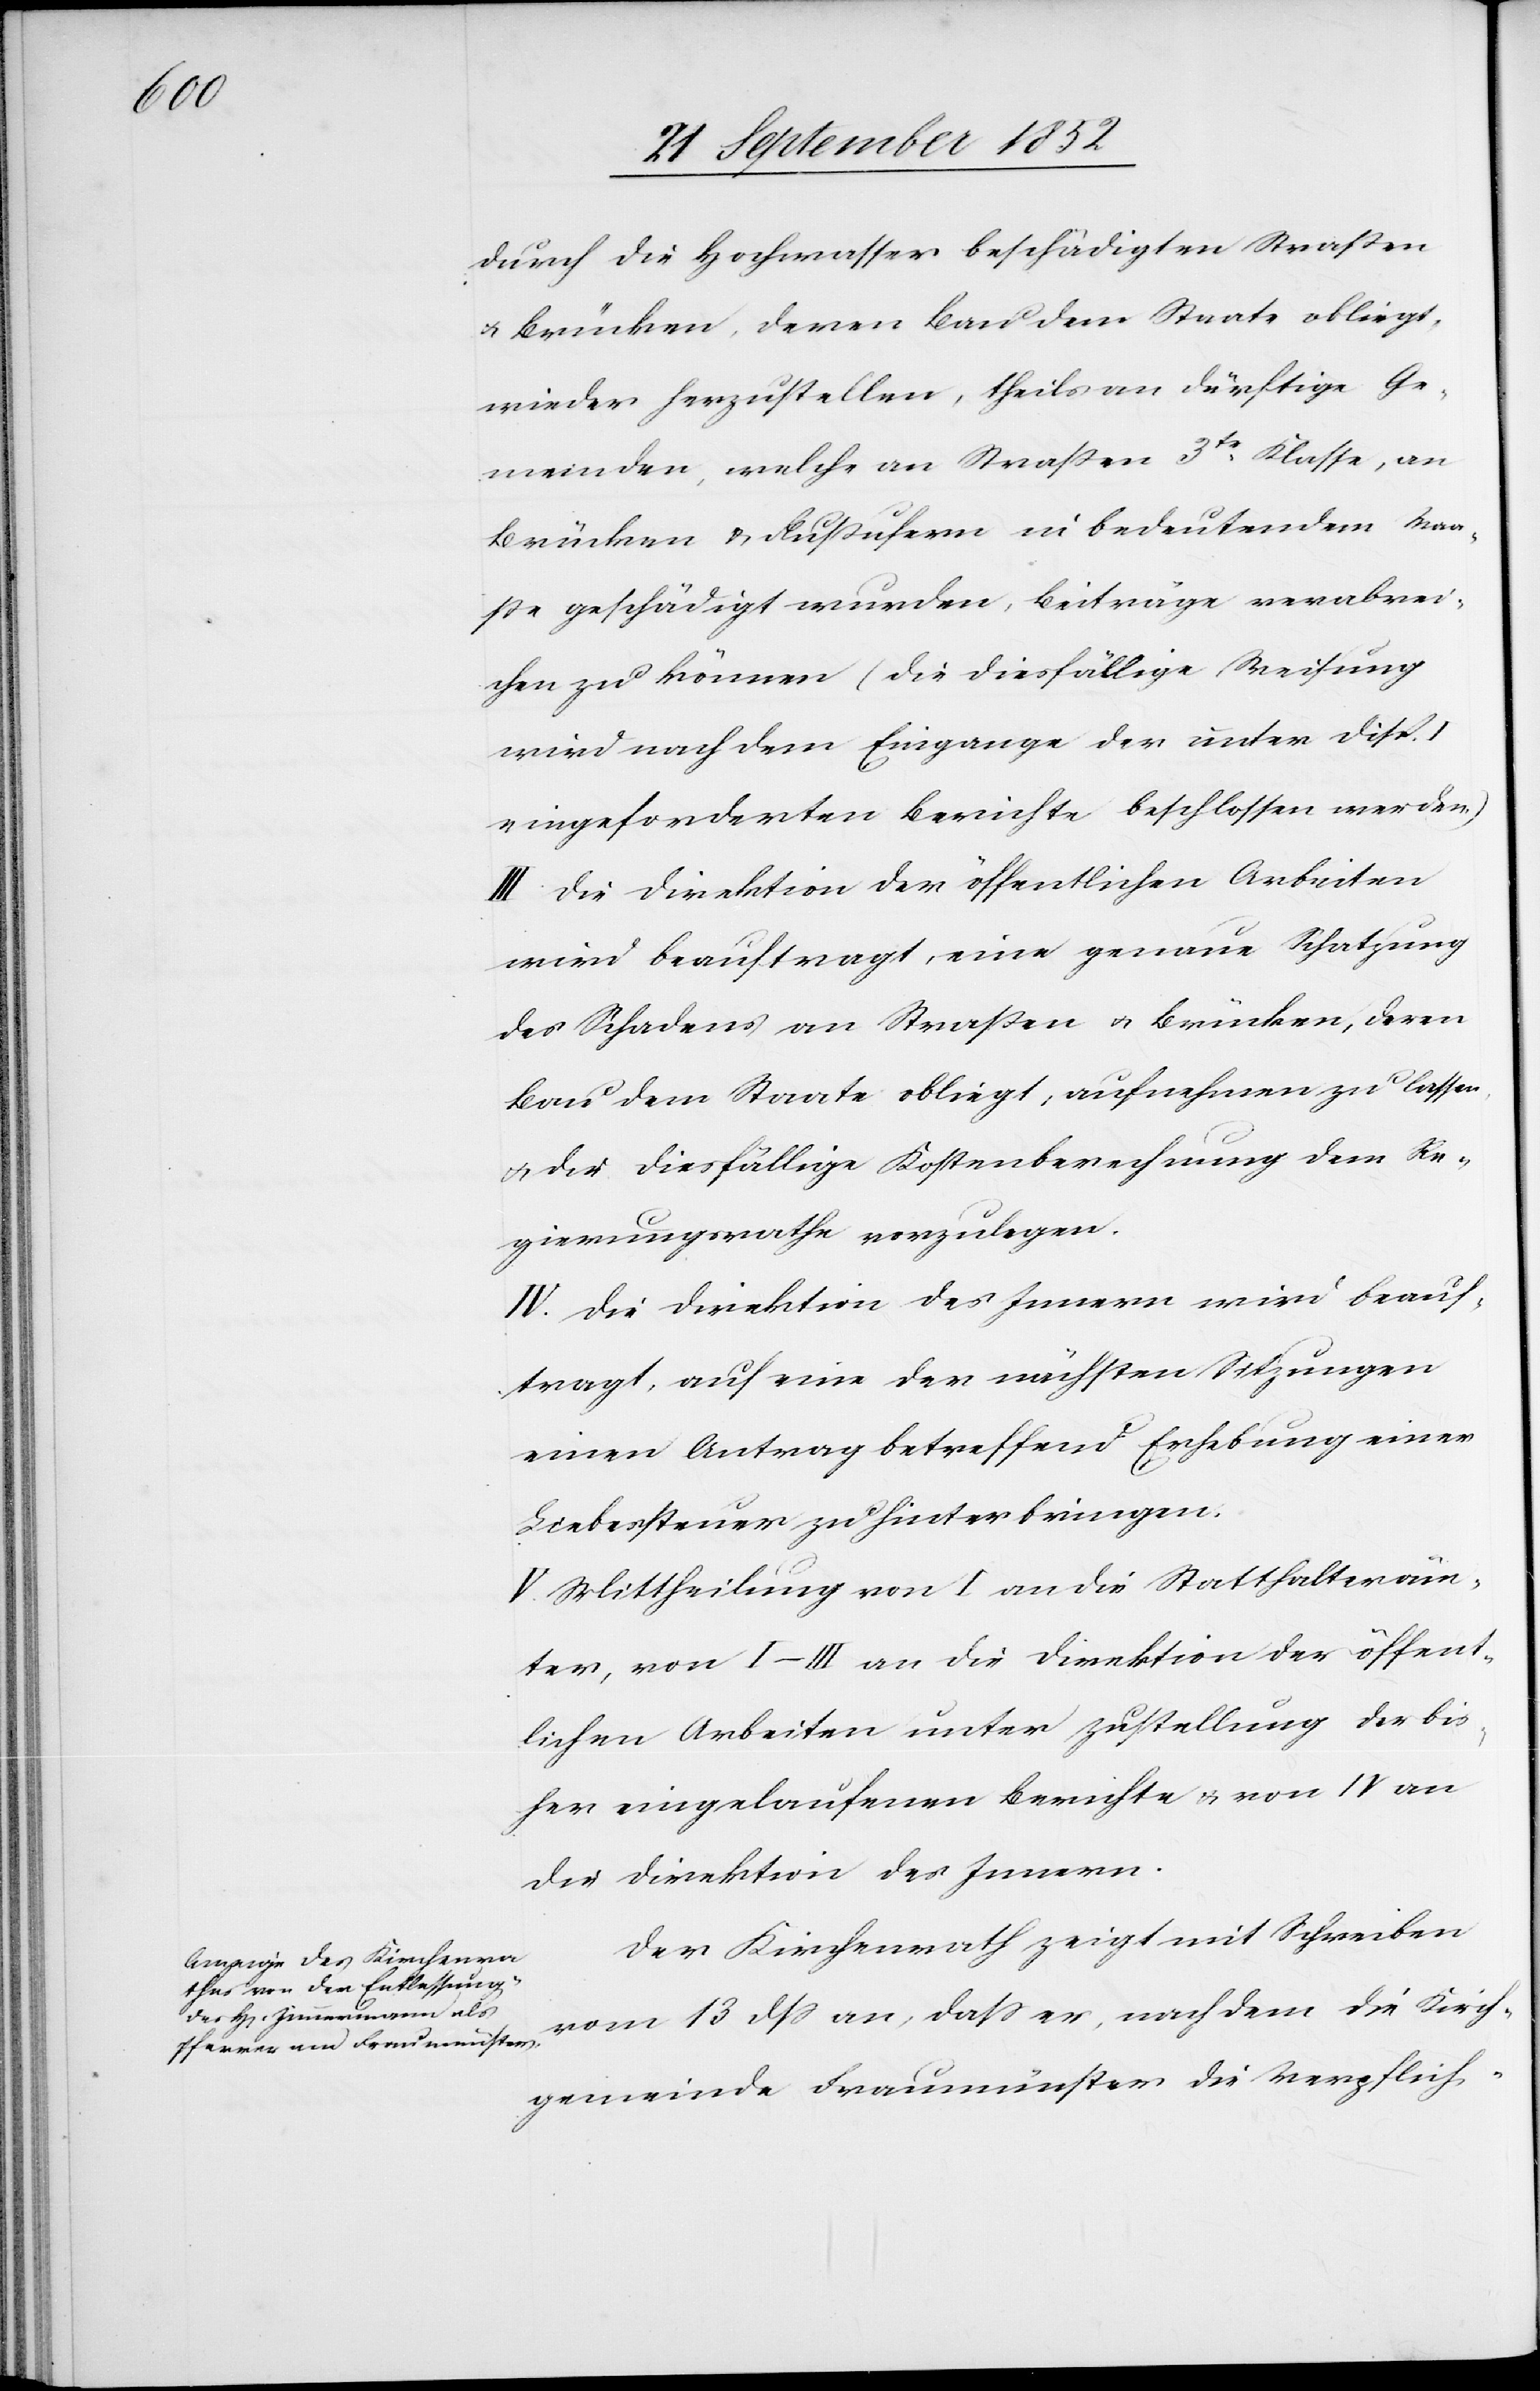
durch die Hochwasser beschädigten Straßen
& Brücken, deren Bau dem Staate obliegt,
wieder herzustellen, theils an dürftige Ge¬
meinden, welche an Straßen 3tr. Klasse, an
Brücken & Flußufern in bedeutendem Maa¬
sse geschädigt wurden, Beiträge verabrei¬
chen zu können (die diesfällige Weisung
wird nach dem Eingange der unter Disp.
eingeforderten Berichte beschlossen werden.)
III Die Direktion der öffentlichen Arbeiten
wird beauftragt, eine genaue Schatzung
des Schadens an Straßen & Brücken, deren
Bau dem Staate obliegt, aufnehmen zu lassen
& die diesfällige Kostenberechnung dem Re¬
gierungsrathe vorzulegen.
IV. Die Direktion des Innern wird beauf¬
tragt, auf eine der nächsten Sitzungen
einen Antrag betreffend Erhebung einer
Liebessteuer zu hinterbringen.
V. Mittheilung von I an die Statthalteräm¬
ter, von I–III an die Direktion der öffent¬
lichen Arbeiten unter Zustellung der bis¬
her eingelaufenen Berichte & von IV an
die Direktion des Innern.
Der Kirchenrath zeigt mit Schreiben
vom 13 dss an, dass er, nachdem die Kirch¬
gemeinde Fraumünster die Verpflich-